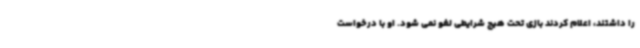
را داشتند، اعلام کردند بازی تحت هیچ شرایطی لغو نمی شود. او با درخواست